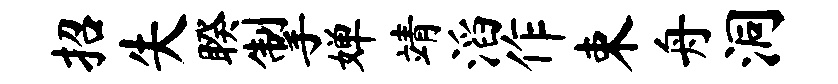
招失睽掣婵靖滔作束舟洞